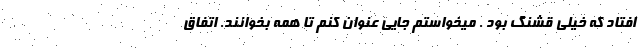
افتاد که خیلی قشنگ بود . میخواستم جایی عنوان کنم تا همه بخوانند. اتفاق